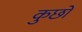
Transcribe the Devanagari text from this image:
कुछों